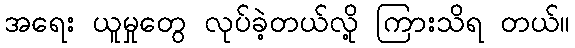
အရေး ယူမှုတွေ လုပ်ခဲ့တယ်လို့ ကြားသိရ တယ်။